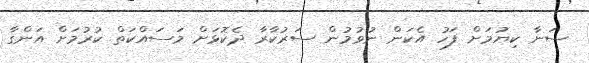
ސަނާ ކިޔުމަށް ފަހު އެކަން ނުވުމުން ސަރުކާރާ ދެކޮޅަށް މަސައްކަތް ކުރުމަށް އަންގާ